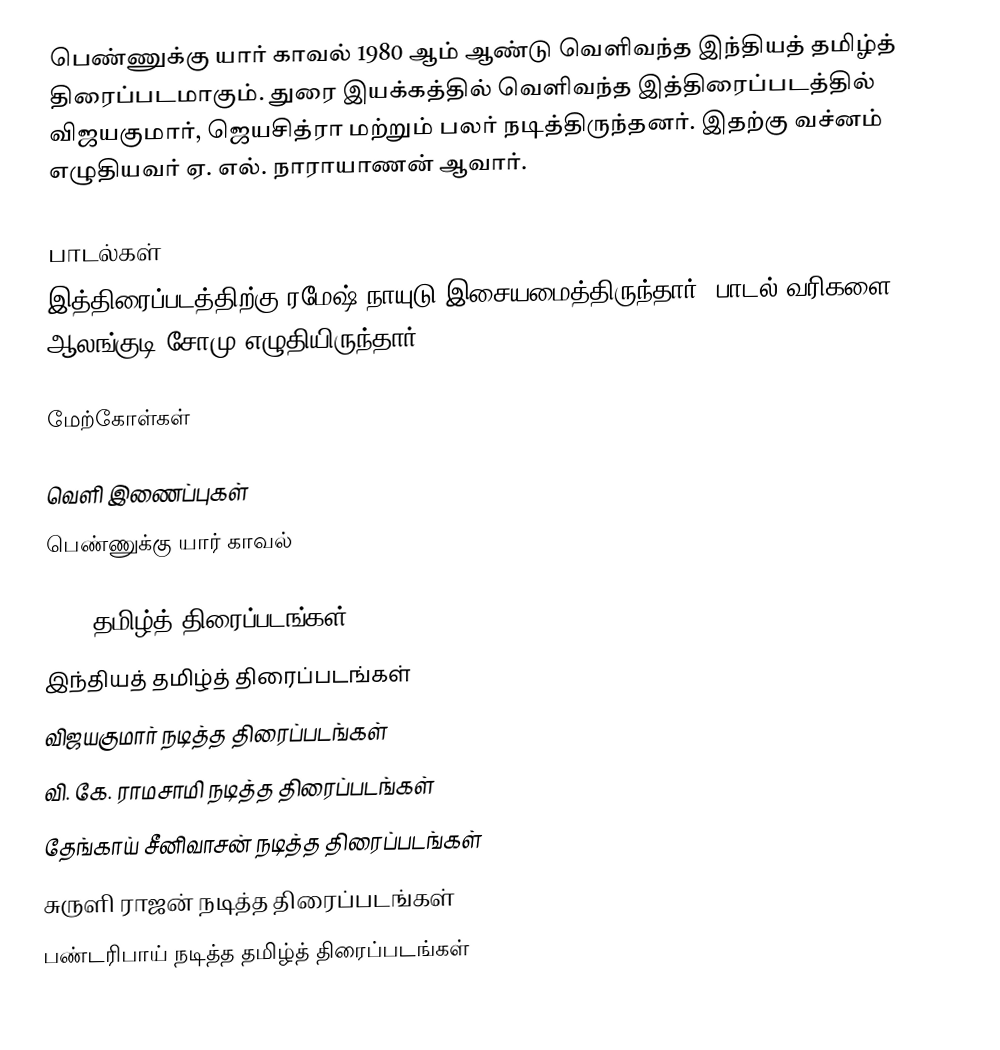
பெண்ணுக்கு யார் காவல் 1980 ஆம் ஆண்டு வெளிவந்த இந்தியத் தமிழ்த் திரைப்படமாகும். துரை இயக்கத்தில் வெளிவந்த இத்திரைப்படத்தில் விஜயகுமார், ஜெயசித்ரா மற்றும் பலர் நடித்திருந்தனர். இதற்கு வச்னம் எழுதியவர் ஏ. எல். நாராயாணன் ஆவார்.

பாடல்கள்
இத்திரைப்படத்திற்கு ரமேஷ் நாயுடு இசையமைத்திருந்தார். பாடல் வரிகளை ஆலங்குடி சோமு எழுதியிருந்தார்.

மேற்கோள்கள்

வெளி இணைப்புகள்
 பெண்ணுக்கு யார் காவல்

1980 தமிழ்த் திரைப்படங்கள்
இந்தியத் தமிழ்த் திரைப்படங்கள்
விஜயகுமார் நடித்த திரைப்படங்கள்
வி. கே. ராமசாமி நடித்த திரைப்படங்கள்
தேங்காய் சீனிவாசன் நடித்த திரைப்படங்கள்
சுருளி ராஜன் நடித்த திரைப்படங்கள்
பண்டரிபாய் நடித்த தமிழ்த் திரைப்படங்கள்